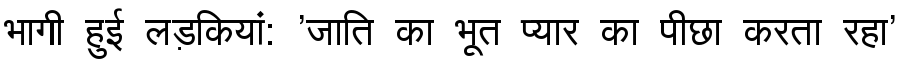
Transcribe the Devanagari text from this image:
भागी हुई लड़कियां: 'जाति का भूत प्यार का पीछा करता रहा'